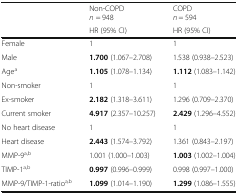
<table><thead><tr><td rowspan="2"></td><td><b>Non-COPD<i>n</i> = 948</b></td><td><b>COPD<i>n</i> = 594</b></td></tr><tr><td><b>HR (95% CI)</b></td><td><b>HR (95% CI)</b></td></tr></thead><tbody><tr><td>Female</td><td>1</td><td>1</td></tr><tr><td>Male</td><td><b>1.700</b> (1.067–2.708)</td><td>1.538 (0.938–2.523)</td></tr><tr><td>Age<sup>a</sup></td><td><b>1.105</b> (1.078–1.134)</td><td><b>1.112</b> (1.083–1.142)</td></tr><tr><td>Non-smoker</td><td>1</td><td>1</td></tr><tr><td>Ex-smoker</td><td><b>2.182</b> (1.318–3.611)</td><td>1.296 (0.709–2.370)</td></tr><tr><td>Current smoker</td><td><b>4.917</b> (2.357–10.257)</td><td><b>2.429</b> (1.296–4.552)</td></tr><tr><td>No heart disease</td><td>1</td><td>1</td></tr><tr><td>Heart disease</td><td><b>2.443</b> (1.574–3.792)</td><td>1.361 (0.843–2.197)</td></tr><tr><td>MMP-9<sup>a,b</sup></td><td>1.001 (1.000–1.003)</td><td><b>1.003</b> (1.002–1.004)</td></tr><tr><td>TIMP-1<sup>a,b</sup></td><td><b>0.997</b> (0.996–0.999)</td><td>0.998 (0.997–1.000)</td></tr><tr><td>MMP-9/TIMP-1-ratio<sup>a,b</sup></td><td><b>1.099</b> (1.014–1.190)</td><td><b>1.299</b> (1.086–1.555)</td></tr></tbody></table>